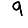
Digit: 9